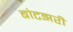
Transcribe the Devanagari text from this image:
बोटझरी